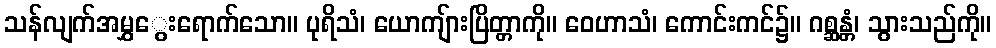
သန်လျက်အမွှွေးရောက်သော။ ပုရိသံ၊ ယောကျ်ားပြိတ္တာကို။ ဝေဟာသံ၊ ကောင်းကင်၌။ ဂစ္ဆန္တံ၊ သွားသည်ကို။